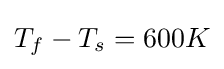
T_{f}-T_{s}=600K